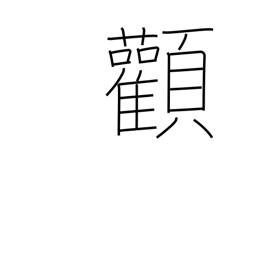
Meaning: cheekbone